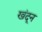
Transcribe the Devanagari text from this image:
खंदून